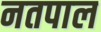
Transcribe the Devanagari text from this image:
नतपाल